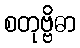
စတုဗ္ဗိဓာ